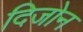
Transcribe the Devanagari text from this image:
दिजोन